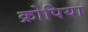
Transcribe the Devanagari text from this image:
क्रोपिया